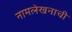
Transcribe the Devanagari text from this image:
नामलेखनाची